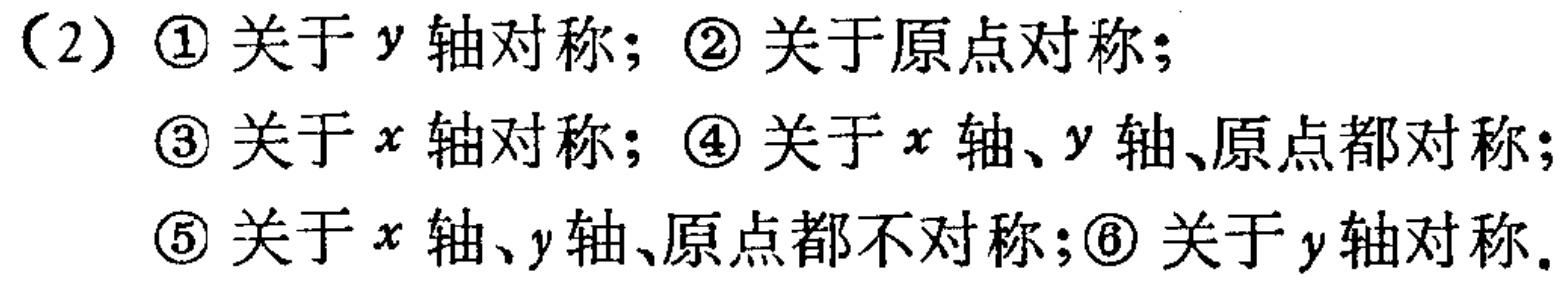
（2）\textcircled{1} 关于 \(y\) 轴对称；\textcircled{2} 关于原点对称；
\textcircled{3} 关于 \(x\) 轴对称；\textcircled{4} 关于 \(x\) 轴、\(y\) 轴、原点都对称；
\textcircled{5} 关于 \(x\) 轴、\(y\) 轴、原点都不对称；\textcircled{6} 关于 \(y\) 轴对称。